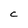
Character: C